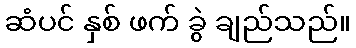
ဆံပင် နှစ် ဖက် ခွဲ ချည်သည်။